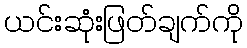
ယင်းဆုံးဖြတ်ချက်ကို